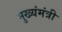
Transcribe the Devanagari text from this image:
मुख्यंमंत्री